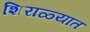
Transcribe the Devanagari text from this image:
शिराळ्यात